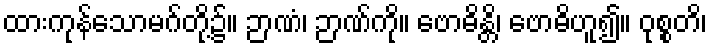
ထားကုန်သောမဂ်တို့၌။ ဉာဏံ၊ ဉာဏ်ကို။ ဗောဓိန္တိ၊ ဗောဓိဟူ၍။ ဝုစ္စတိ၊